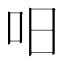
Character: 𠯐